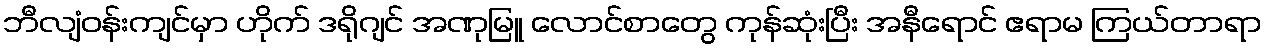
ဘီလျံဝန်းကျင်မှာ ဟိုက် ဒရိုဂျင် အဏုမြူ လောင်စာတွေ ကုန်ဆုံးပြီး အနီရောင် ဧရာမ ကြယ်တာရာ